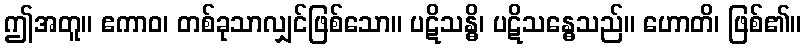
ဤအတူ။ ဧကာဝ၊ တစ်ခုသာလျှင်ဖြစ်သော။ ပဋိသန္ဓိ၊ ပဋိသန္ဓေသည်။ ဟောတိ၊ ဖြစ်၏။